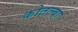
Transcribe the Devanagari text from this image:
कोतल्बा